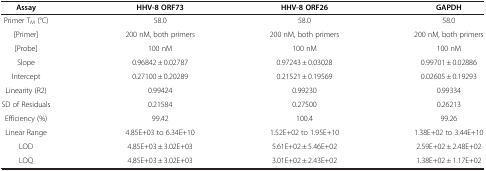
<table><thead><tr><td><b>Assay</b></td><td><b>HHV-8 ORF73</b></td><td><b>HHV-8 ORF26</b></td><td><b>GAPDH</b></td></tr></thead><tbody><tr><td>Primer T<sub>M</sub> (°C)</td><td>58.0</td><td>58.0</td><td>58.0</td></tr><tr><td>[Primer]</td><td>200 nM, both primers</td><td>200 nM, both primers</td><td>200 nM, both primers</td></tr><tr><td>[Probe]</td><td>100 nM</td><td>100 nM</td><td>100 nM</td></tr><tr><td>Slope</td><td>0.96842 ± 0.02787</td><td>0.97243 ± 0.03028</td><td>0.99701 ± 0.02886</td></tr><tr><td>Intercept</td><td>0.27100 ± 0.20289</td><td>0.21521 ± 0.19569</td><td>0.02605 ± 0.19293</td></tr><tr><td>Linearity (R2)</td><td>0.99424</td><td>0.99230</td><td>0.99334</td></tr><tr><td>SD of Residuals</td><td>0.21584</td><td>0.27500</td><td>0.26213</td></tr><tr><td>Efficiency (%)</td><td>99.42</td><td>100.4</td><td>99.26</td></tr><tr><td>Linear Range</td><td>4.85E+03 to 6.34E+10</td><td>1.52E+02 to 1.95E+10</td><td>1.38E+02 to 3.44E+10</td></tr><tr><td>LOD</td><td>4.85E+03 ± 3.02E+03</td><td>5.61E+02 ± 5.46E+02</td><td>2.59E+02 ± 2.48E+02</td></tr><tr><td>LOQ</td><td>4.85E+03 ± 3.02E+03</td><td>3.01E+02 ± 2.43E+02</td><td>1.38E+02 ± 1.17E+02</td></tr></tbody></table>